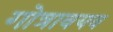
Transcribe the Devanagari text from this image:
गोत्रावयव